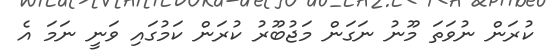
ކުރަން ނުވަތަ މޫނު ނަގަން މަޖުބޫރު ކުރަން ކަމުގައި ވަނީ ނަމަ އެ